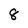
Character: 8